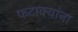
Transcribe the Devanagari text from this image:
फटाक्यांना